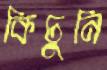
কিচুনি